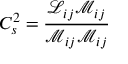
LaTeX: C _ { s } ^ { 2 } = { \frac { { \mathcal { L } } _ { i j } { \mathcal { M } } _ { i j } } { { \mathcal { M } } _ { i j } { \mathcal { M } } _ { i j } } }